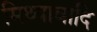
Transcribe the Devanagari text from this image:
मिथ्यावादि